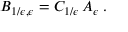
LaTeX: B _ { 1 / \epsilon , \epsilon } = C _ { 1 / \epsilon } \, A _ { \epsilon } \; .